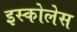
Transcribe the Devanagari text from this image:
इस्कोलेस